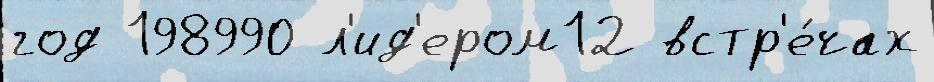
год 198990 л'ид'ером12 встр'е́чах